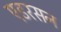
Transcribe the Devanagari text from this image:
एडरसन